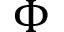
\Phi